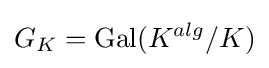
G_{K}=\mathrm {Gal} (K^{alg}/K)